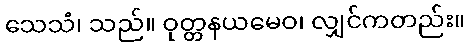
သေသံ၊ သည်။ ဝုတ္တနယမေဝ၊ လျှင်ကတည်း။